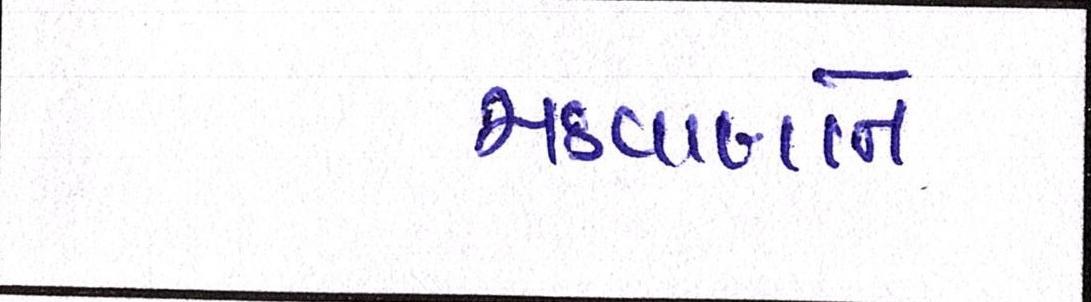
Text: મકવાણાને